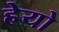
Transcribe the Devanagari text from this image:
हेयो